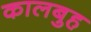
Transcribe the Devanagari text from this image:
कालबुह